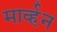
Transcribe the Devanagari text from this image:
मार्व्हन